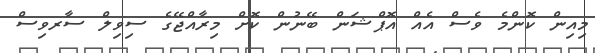
މިއިން ކޮންމެ ވެސް އެއް އޮޕްޝަން ބޭނުން ކޮށް މިރާއްޖޭގެ ސިވިލް ސާރވިސް